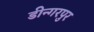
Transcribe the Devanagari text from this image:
डीन्गरपुर